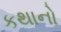
કથાનો